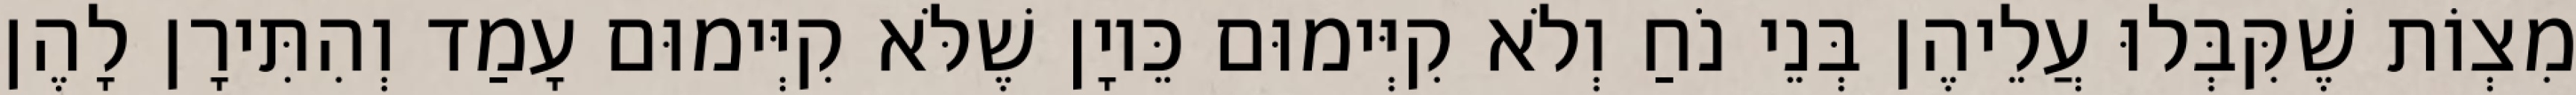
מִצְוֹת שֶׁקִּבְּלוּ עֲלֵיהֶן בְּנֵי נֹחַ וְלֹא קִיְּימוּם כֵּיוָן שֶׁלֹּא קִיְּימוּם עָמַד וְהִתִּירָן לָהֶן